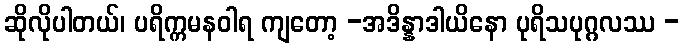
ဆိုလိုပါတယ်၊ ပရိက္ကမနဝါရ ကျတော့ -အဒိန္နာဒါယိနော ပုရိသပုဂ္ဂလဿ -